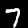
Digit: 7